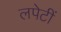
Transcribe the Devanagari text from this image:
लपेटीं